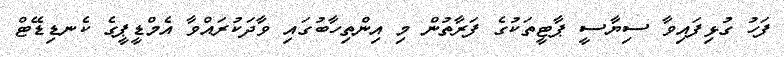
ފަހު ގުޅިފައިވާ ސިޔާސީ ޕާޓީތަކުގެ ފަރާތުން މި އިންތިހާބުގައި ވާދަކުރައްވާ އެމްޑީޕީގެ ކެނޑިޑޭޓް